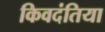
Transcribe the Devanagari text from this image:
किवदंतिया